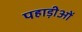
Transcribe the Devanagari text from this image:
पहाड़ीओं